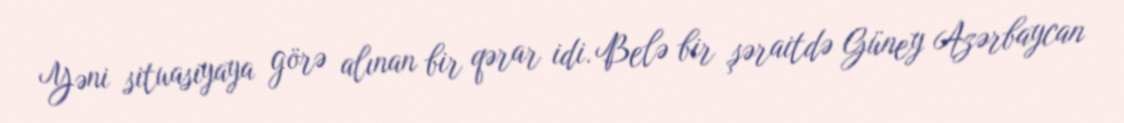
Yəni situasiyaya görə alınan bir qərar idi. Belə bir şəraitdə Güney Azərbaycan